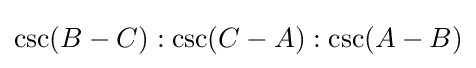
\csc(B-C):\csc(C-A):\csc(A-B)